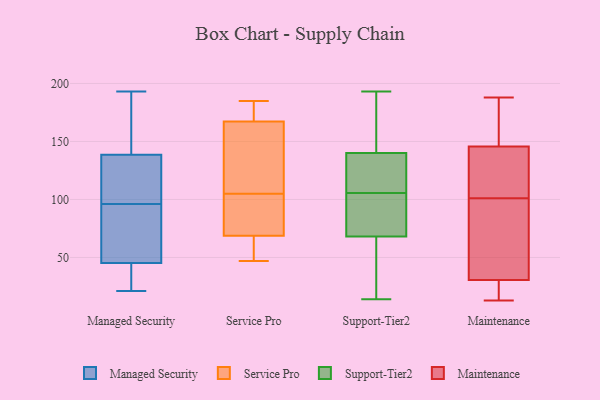
{"axis": {"x": "Operating Costs (USD K)", "y": "Value"}, "legend": ["Maintenance", "Managed Security", "Service Pro", "Support-Tier2"], "data": [{"x": "", "y": 33, "type": "Managed Security"}, {"x": "", "y": 193, "type": "Managed Security"}, {"x": "", "y": 114, "type": "Managed Security"}, {"x": "", "y": 50, "type": "Managed Security"}, {"x": "", "y": 79, "type": "Managed Security"}, {"x": "", "y": 47, "type": "Managed Security"}, {"x": "", "y": 32, "type": "Managed Security"}, {"x": "", "y": 96, "type": "Managed Security"}, {"x": "", "y": 138, "type": "Managed Security"}, {"x": "", "y": 147, "type": "Managed Security"}, {"x": "", "y": 162, "type": "Managed Security"}, {"x": "", "y": 108, "type": "Managed Security"}, {"x": "", "y": 70, "type": "Managed Security"}, {"x": "", "y": 106, "type": "Managed Security"}, {"x": "", "y": 40, "type": "Managed Security"}, {"x": "", "y": 21, "type": "Managed Security"}, {"x": "", "y": 140, "type": "Managed Security"}, {"x": "", "y": 47, "type": "Service Pro"}, {"x": "", "y": 69, "type": "Service Pro"}, {"x": "", "y": 133, "type": "Service Pro"}, {"x": "", "y": 185, "type": "Service Pro"}, {"x": "", "y": 91, "type": "Service Pro"}, {"x": "", "y": 105, "type": "Service Pro"}, {"x": "", "y": 99, "type": "Service Pro"}, {"x": "", "y": 65, "type": "Service Pro"}, {"x": "", "y": 165, "type": "Service Pro"}, {"x": "", "y": 68, "type": "Service Pro"}, {"x": "", "y": 185, "type": "Service Pro"}, {"x": "", "y": 120, "type": "Service Pro"}, {"x": "", "y": 174, "type": "Service Pro"}, {"x": "", "y": 59, "type": "Support-Tier2"}, {"x": "", "y": 93, "type": "Support-Tier2"}, {"x": "", "y": 56, "type": "Support-Tier2"}, {"x": "", "y": 139, "type": "Support-Tier2"}, {"x": "", "y": 113, "type": "Support-Tier2"}, {"x": "", "y": 78, "type": "Support-Tier2"}, {"x": "", "y": 139, "type": "Support-Tier2"}, {"x": "", "y": 182, "type": "Support-Tier2"}, {"x": "", "y": 77, "type": "Support-Tier2"}, {"x": "", "y": 141, "type": "Support-Tier2"}, {"x": "", "y": 193, "type": "Support-Tier2"}, {"x": "", "y": 100, "type": "Support-Tier2"}, {"x": "", "y": 111, "type": "Support-Tier2"}, {"x": "", "y": 14, "type": "Support-Tier2"}, {"x": "", "y": 46, "type": "Support-Tier2"}, {"x": "", "y": 172, "type": "Support-Tier2"}, {"x": "", "y": 53, "type": "Support-Tier2"}, {"x": "", "y": 87, "type": "Support-Tier2"}, {"x": "", "y": 175, "type": "Support-Tier2"}, {"x": "", "y": 122, "type": "Support-Tier2"}, {"x": "", "y": 139, "type": "Maintenance"}, {"x": "", "y": 188, "type": "Maintenance"}, {"x": "", "y": 101, "type": "Maintenance"}, {"x": "", "y": 148, "type": "Maintenance"}, {"x": "", "y": 16, "type": "Maintenance"}, {"x": "", "y": 112, "type": "Maintenance"}, {"x": "", "y": 159, "type": "Maintenance"}, {"x": "", "y": 44, "type": "Maintenance"}, {"x": "", "y": 100, "type": "Maintenance"}, {"x": "", "y": 26, "type": "Maintenance"}, {"x": "", "y": 13, "type": "Maintenance"}]}